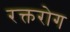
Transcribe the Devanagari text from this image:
रक्तरोग